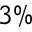
3 \%